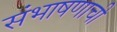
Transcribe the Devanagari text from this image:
संभाषणाची